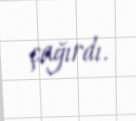
çağırdı.